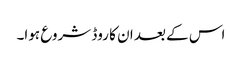
اس کے بعد ان کا روڈ شروع ہوا۔